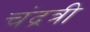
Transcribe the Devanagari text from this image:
चंद्रत्री